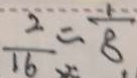
\frac { 2 } { 1 6 } = \frac { - 1 } { 8 }